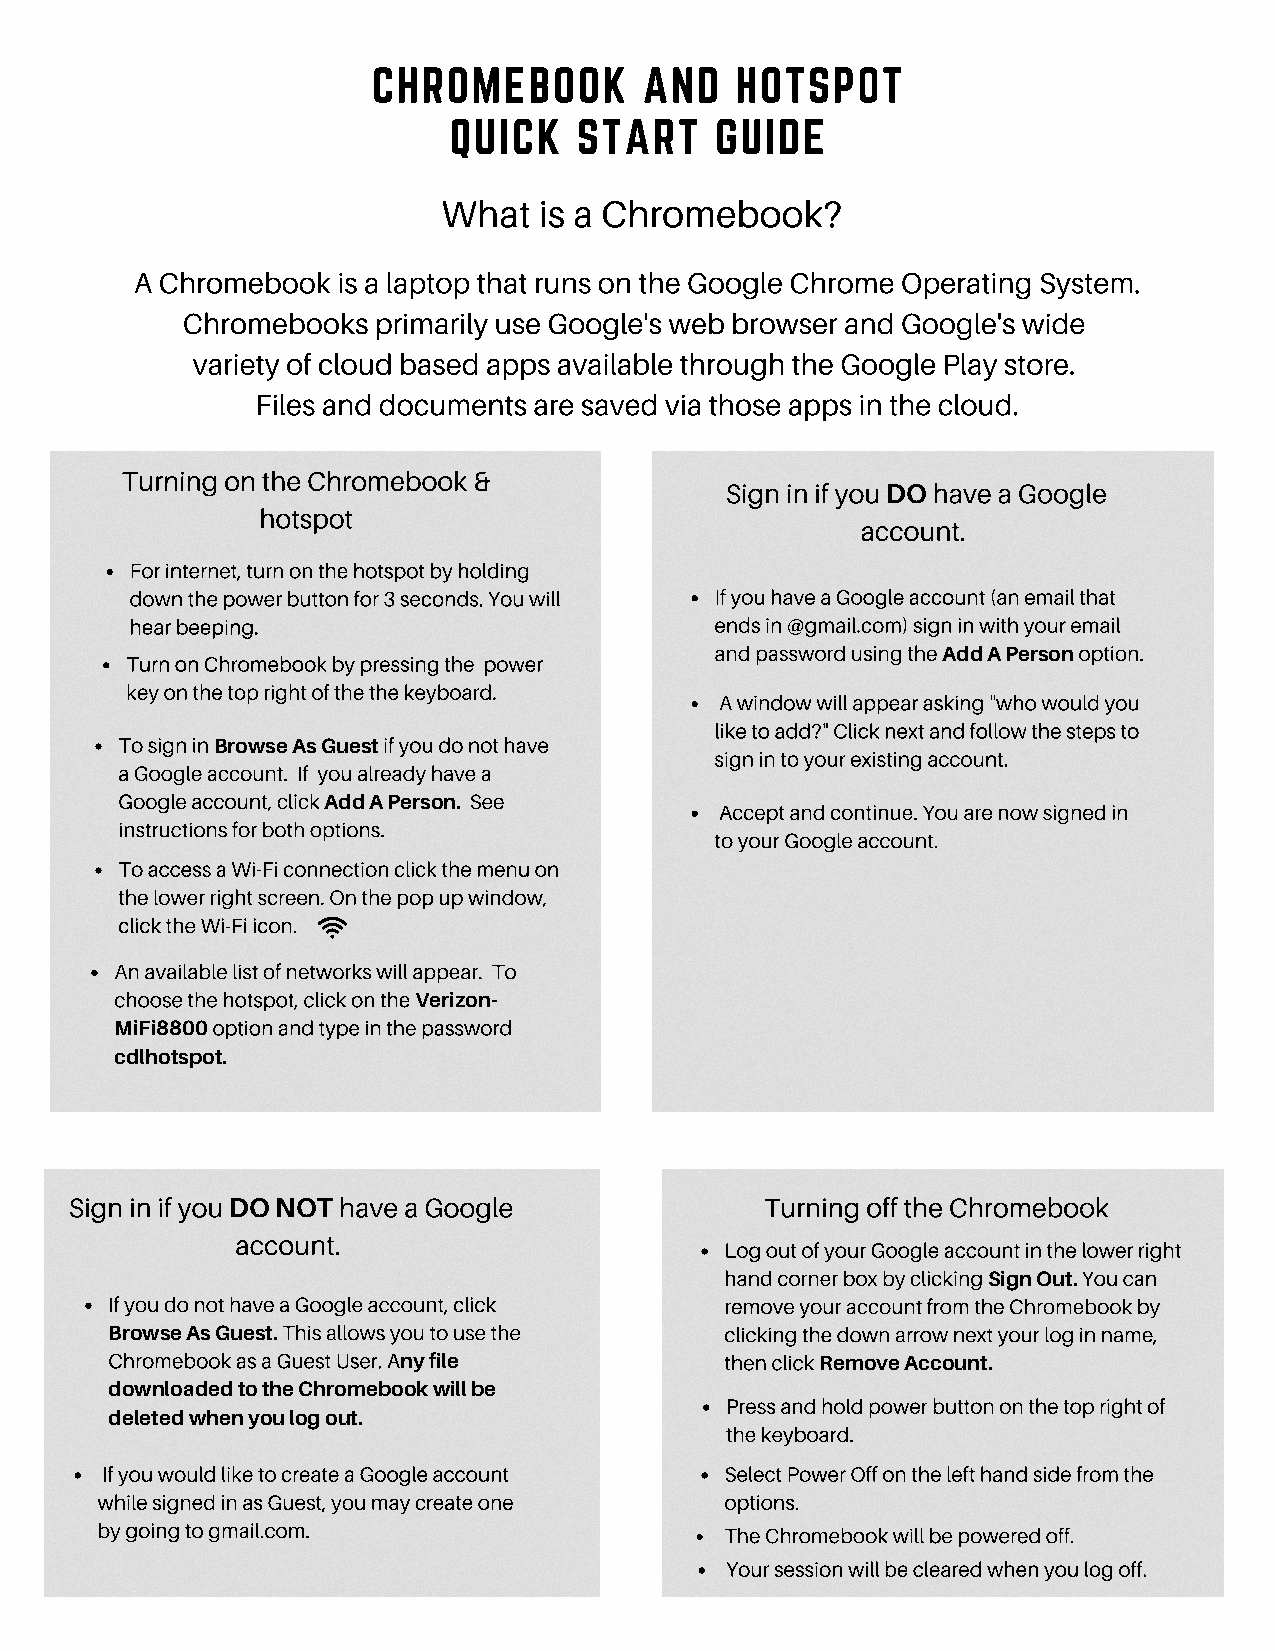
CHROMEBOOK        AND   HOTSPOT
 QUICK   START    GUIDE
 What   is a Chromebook?
 A Chromebook is a laptop that runs on the Google Chrome Operating System.
 Chromebooks  primarily use Google's web browser and Google's wide
 variety of cloud based apps available through the Google Play store.
 Files and documents are saved via those apps in the cloud.
 Turning on the Chromebook &
 Sign in if you DO have a Google
 hotspot
 account.
 For internet, turn on the hotspot by holding
 down the power button for 3 seconds. You will If you have a Google account (an email that
 hear beeping.                         ends in @gmail.com) sign in with your email
 Turn on Chromebook by pressing the power and password using the Add A Person option.
 key on the top right of the the keyboard.
 A window will appear asking "who would you
 like to add?" Click next and follow the steps to
 To sign in Browse As Guest if you do not have
 sign in to your existing account.
 a Google account. If you already have a
 Google account, click Add A Person. See Accept and continue. You are now signed in
 instructions for both options.
 to your Google account.
 To access a Wi-Fi connection click the menu on
 the lower right screen. On the pop up window,
 click the Wi-Fi icon.
 An available list of networks will appear. To
 choose the hotspot, click on the Verizon-
 MiFi8800 option and type in the password
 cdlhotspot.
 Sign in if you DO NOT have a Google           Turning off the Chromebook
 account.
 Log out of your Google account in the lower right
 hand corner box by clicking Sign Out. You can
 If you do not have a Google account, click remove your account from the Chromebook by
 Browse As Guest. This allows you to use the clicking the down arrow next your log in name,
 Chromebook as a Guest User. Any file     then click Remove Account.
 downloaded to the Chromebook will be
 Press and hold power button on the top right of
 deleted when you log out.
 the keyboard.
 If you would like to create a Google account Select Power Off on the left hand side from the
 while signed in as Guest, you may create one options.
 by going to gmail.com.                    The Chromebook will be powered off.
 Your session will be cleared when you log off.